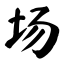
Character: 场